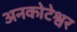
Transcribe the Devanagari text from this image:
अनकोटेश्वर